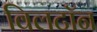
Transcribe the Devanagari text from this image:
विलटॉन